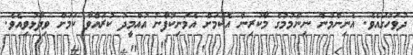
ދުވަހުގައެވެ. އެނިންމުން ނިންމުމުގެ މާކުރިން އެކަމަށް އެމަނިކުފާނު އުއްމީދު ކުރައްވާ ކަމަށް ވިދާޅުވިއެވެ.